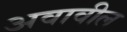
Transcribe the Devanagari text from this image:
अवावील